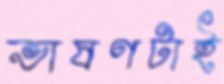
ভাষণটাই